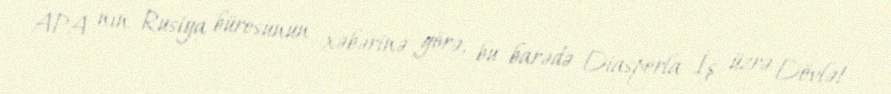
APA nın Rusiya bürosunun xəbərinə görə, bu barədə Diasporla İş üzrə Dövlət